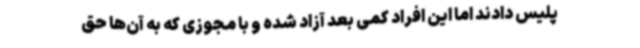
پلیس دادند اما این افراد کمی بعد آزاد شده و با مجوزی که به آن‌ها حق